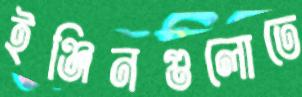
ইঞ্জিনগুলোতে